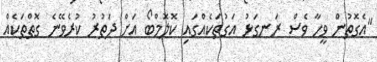
"އެގޮތުން ވީހާ ވެސް ރަނގަޅު އަގުތަކެއްގައި ކޮލޮމްބޯ އަށް ދަތުރު ކުރެވޭނެ ގޮތްތަކެއް